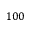
1 0 0